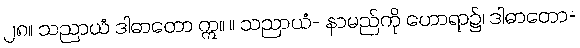
၂၈။ သညာယံ ဒါဓာတော ဣ။ ။ သညာယံ- နာမည်ကို ဟောရာ၌၊ ဒါဓာတော-